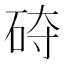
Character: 𰦵